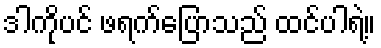
ဒါကိုပင် ဖရက်ပြောသည် ထင်ပါရဲ့။